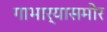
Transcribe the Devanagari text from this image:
गाभार्‍यासमोर